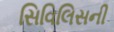
સિવિલિસની